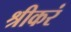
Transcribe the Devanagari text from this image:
श्रीकरं